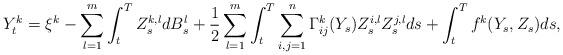
LaTeX: \begin{align*}Y_t^k=\xi^k-\sum_{l=1}^m\int_t^T Z_s^{k,l} dB_s^l+\frac{1}{2}\sum_{l=1}^m\int_t^T \sum_{i,j=1}^n \Gamma_{ij}^k (Y_s)Z_s^{i,l}Z_s^{j,l}ds+\int_t^T f^k(Y_s,Z_s)ds,\end{align*}